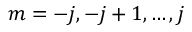
m = - j , - j + 1 , \dots , j